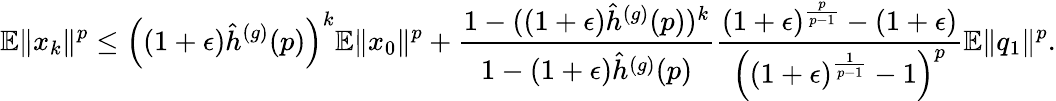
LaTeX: \mathbb{E}\Vert x_{k}\Vert^{p}\leq\left((1+\epsilon)\hat{h}^{(g)}(p)\right)^{k}\mathbb{E}\Vert x_{0}\Vert^{p}+\frac{1-((1+\epsilon)\hat{h}^{(g)}(p))^{k}}{1-(1+\epsilon)\hat{h}^{(g)}(p)}\frac{(1+\epsilon)^{\frac{p}{p-1}}-(1+\epsilon)}{\left((1+\epsilon)^{\frac{1}{p-1}}-1\right)^{p}}\mathbb{E}\Vert q_{1}\Vert^{p}.